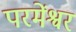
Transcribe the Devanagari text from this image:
परमेंश्वर